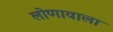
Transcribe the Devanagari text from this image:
लोणावाला